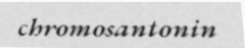
chromosantonin